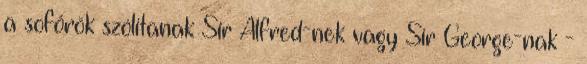
a sofőrök szólítanak Sir Alfred-nek vagy Sir George-nak -